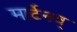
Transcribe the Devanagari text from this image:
मार्टेनव्